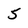
Character: 5